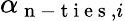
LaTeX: \alpha_{\mathrm{~n~-~t~i~e~s~},i}